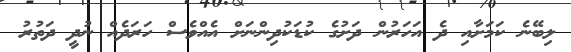
ލިބޭނެ ކަމަށާއި ދެ އަހަރުން ދަށުގެ ކުޑަކުދިންނަށް އެއްވެސް ހަރަދެއް ނުދީ ދަތުރު